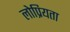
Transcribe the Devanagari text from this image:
लोप्रियता